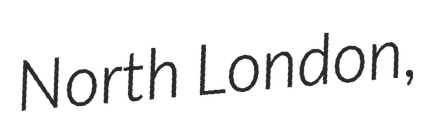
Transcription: North London,